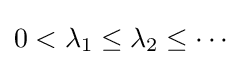
0<\lambda _{1}\leq \lambda _{2}\leq \cdots